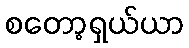
စတော့ရှယ်ယာ